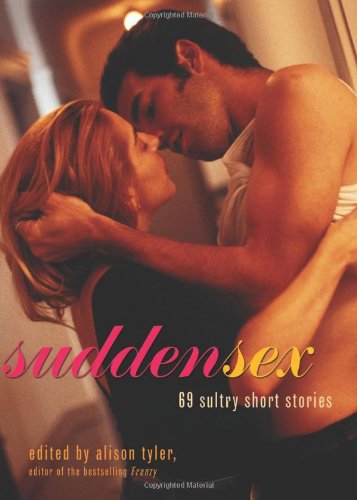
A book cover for Sudden Sex: 69 Sultry Short Stories; Romance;